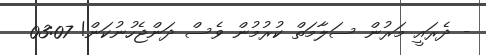
- ދެރައީ މަރުން ސަލާމަތް ކުރުމުން ވެސް ދަންޖެހުނުކަން! 03:07